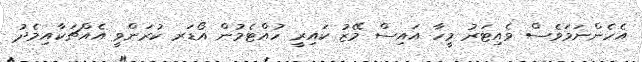
އެހެންނަމަވެސް ވެއިޓަރު މީހާ އައިސް މޭޒު ކައިރީ ހުއްޓެމުން އޯޑަރ ކުރަންވީ އެއްޗަކާއިމެދު